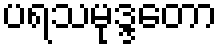
ပရသမုဒ္ဒတော